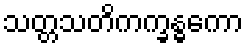
သတ္တသတိကက္ခန္ဓကော